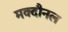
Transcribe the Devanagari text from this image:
मक्दौनल